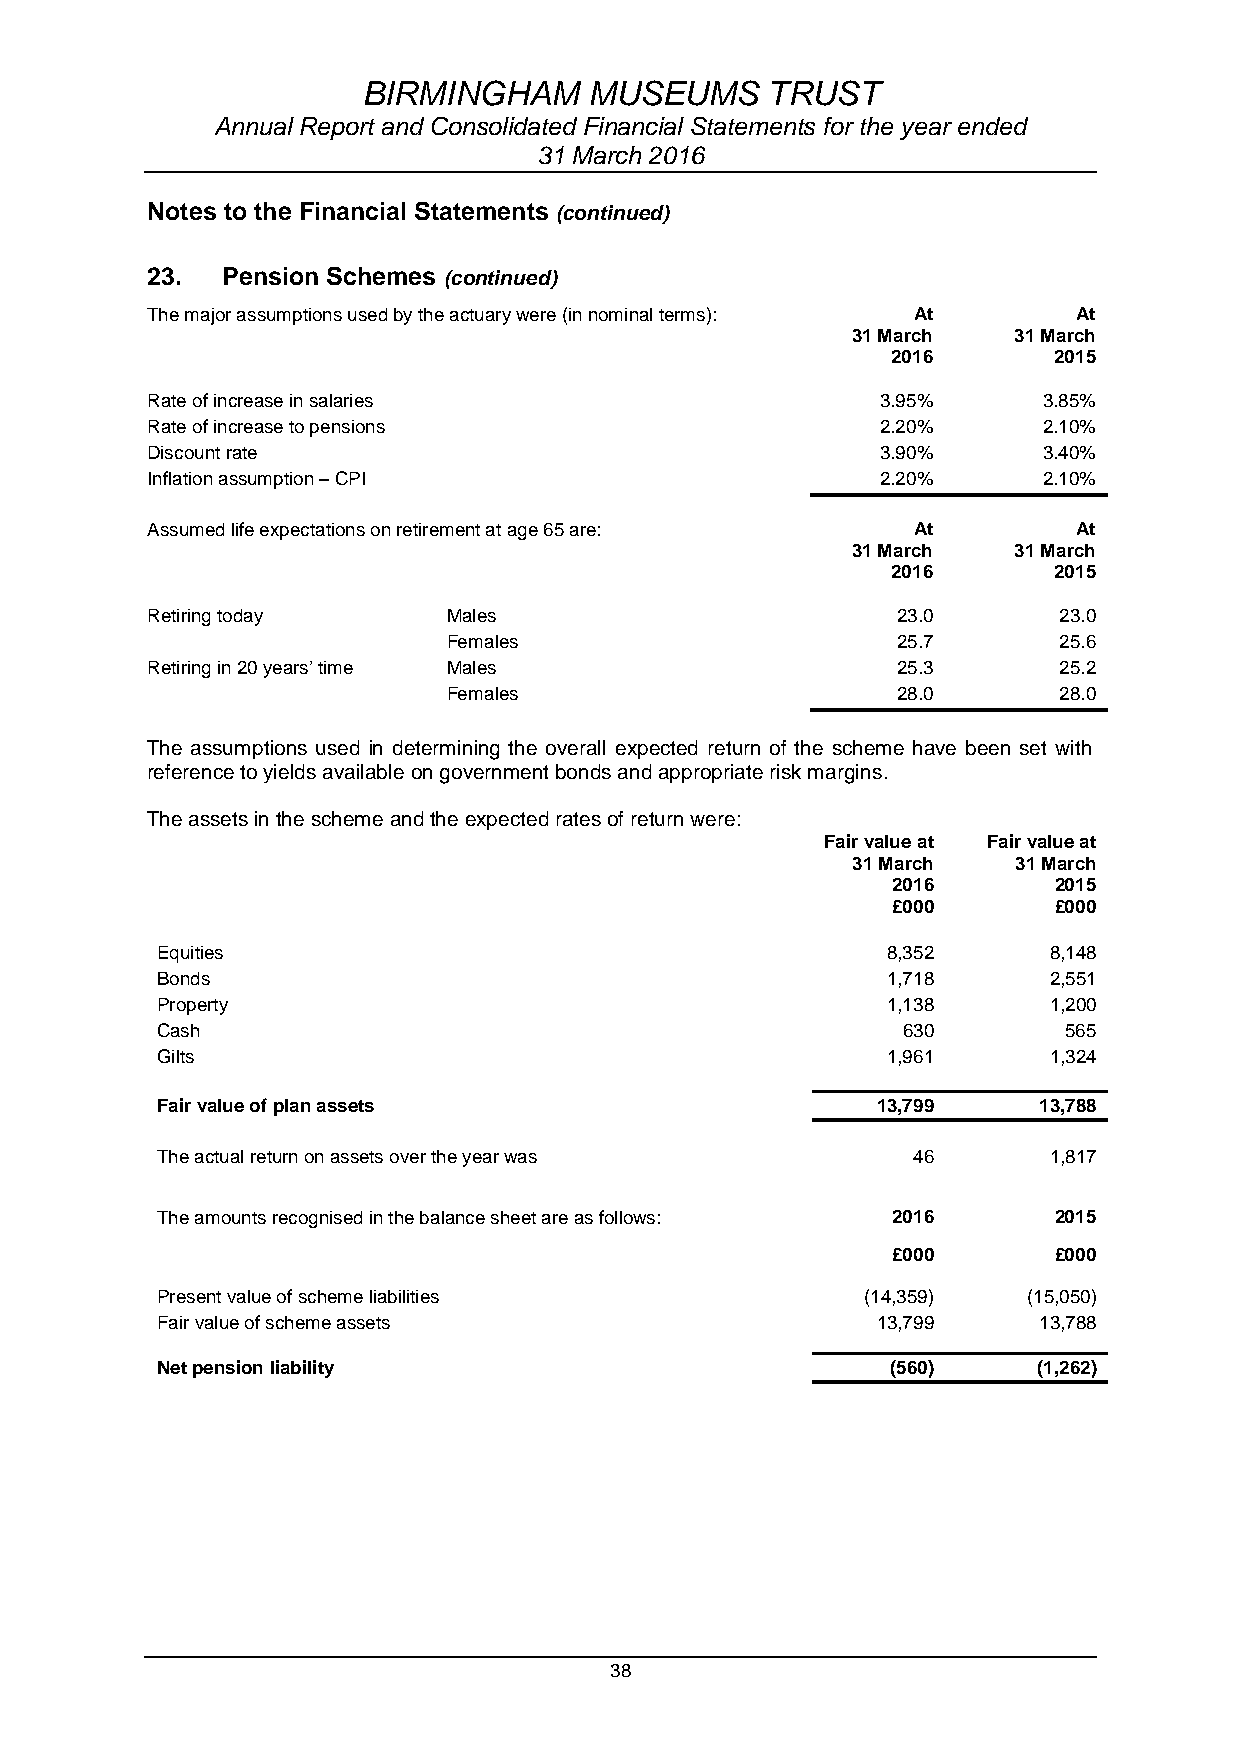
BIRMINGHAM     MUSEUMS     TRUST
 Annual Report and Consolidated Financial Statements for the year ended
 31 March 2016
 Notes to the Financial Statements (continued)
 23.  Pension Schemes (continued)
 The major assumptions used by the actuary were (in nominal terms): At At
 31 March   31 March
 2016       2015
 Rate of increase in salaries                    3.95%      3.85%
 Rate of increase to pensions                    2.20%      2.10%
 Discount rate                                   3.90%      3.40%
 Inflation assumption – CPI                      2.20%      2.10%
 Assumed life expectations on retirement at age 65 are: At    At
 31 March   31 March
 2016       2015
 Retiring today      Males                        23.0       23.0
 Females                      25.7       25.6
 Retiring in 20 years’ time Males                 25.3       25.2
 Females                      28.0       28.0
 The assumptions used in determining the overall expected return of the scheme have been set with
 reference to yields available on government bonds and appropriate risk margins.
 The assets in the scheme and the expected rates of return were:
 Fair value at Fair value at
 31 March   31 March
 2016       2015
 £000       £000
 Equities                                         8,352     8,148
 Bonds                                            1,718     2,551
 Property                                         1,138     1,200
 Cash                                              630       565
 Gilts                                            1,961     1,324
 Fair value of plan assets                       13,799     13,788
 The actual return on assets over the year was     46       1,817
 The amounts recognised in the balance sheet are as follows: 2016 2015
 £000       £000
 Present value of scheme liabilities            (14,359)   (15,050)
 Fair value of scheme assets                     13,799     13,788
 Net pension liability                            (560)     (1,262)
 38